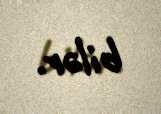
bilər.